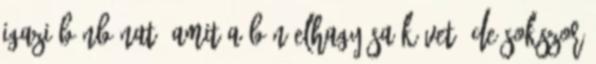
igazi bűnbánat, amit a bűn elhagyása követ. De sokszor